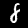
Label: 8